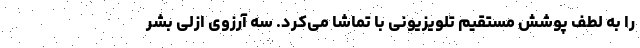
را به لطف پوشش مستقیم تلویزیونی با تماشا می‌کرد. سه آرزوی ازلی بشر